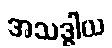
အသဒ္ဓါယ